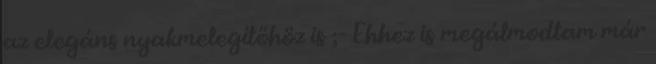
az elegáns nyakmelegítőhöz is ;- Ehhez is megálmodtam már